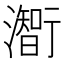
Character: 𤁰